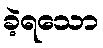
ခဲ့ရသော